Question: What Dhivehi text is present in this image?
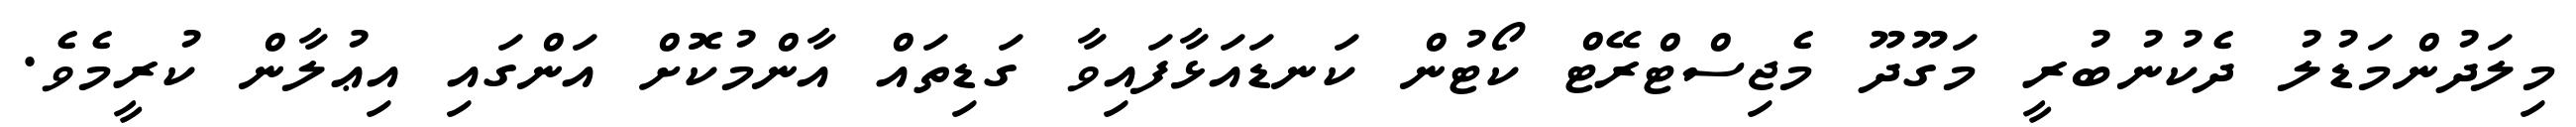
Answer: މިލަދުންމަޑުލު ދެކުނުބުރީ މަގޫދޫ މެޖިސްޓްރޭޓް ކޯޓުން ކަނޑައަޅާފައިވާ ގަޑިތައް އާންމުކޮށް އަންގައި އިޢުލާން ކުރީމެވެ.